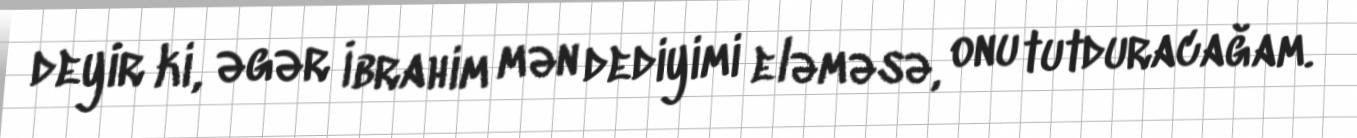
deyir ki, əgər İbrahim mən dediyimi eləməsə, onu tutduracağam.